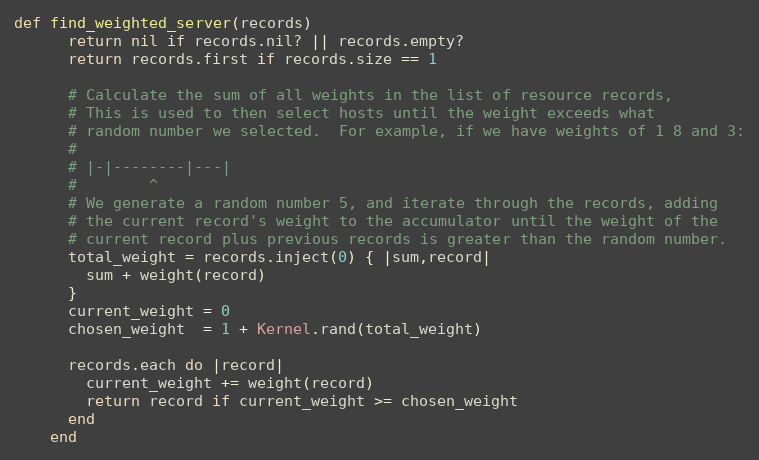
Language: Ruby
def find_weighted_server(records)
      return nil if records.nil? || records.empty?
      return records.first if records.size == 1

      # Calculate the sum of all weights in the list of resource records,
      # This is used to then select hosts until the weight exceeds what
      # random number we selected.  For example, if we have weights of 1 8 and 3:
      #
      # |-|--------|---|
      #        ^
      # We generate a random number 5, and iterate through the records, adding
      # the current record's weight to the accumulator until the weight of the
      # current record plus previous records is greater than the random number.
      total_weight = records.inject(0) { |sum,record|
        sum + weight(record)
      }
      current_weight = 0
      chosen_weight  = 1 + Kernel.rand(total_weight)

      records.each do |record|
        current_weight += weight(record)
        return record if current_weight >= chosen_weight
      end
    end